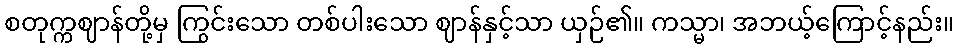
စတုက္ကဈာန်တို့မှ ကြွင်းသော တစ်ပါးသော ဈာန်နှင့်သာ ယှဉ်၏။ ကသ္မာ၊ အဘယ့်ကြောင့်နည်း။